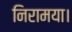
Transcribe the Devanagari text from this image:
निरामया।